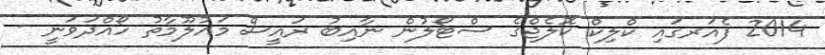
2014 ފެއަރގައި ކްލިކް ކޮލެޖްގެ ސްޓޯލުން ނާއިބު ރައީސް މައުލޫމާތު ހޯއްދަވަނީ -